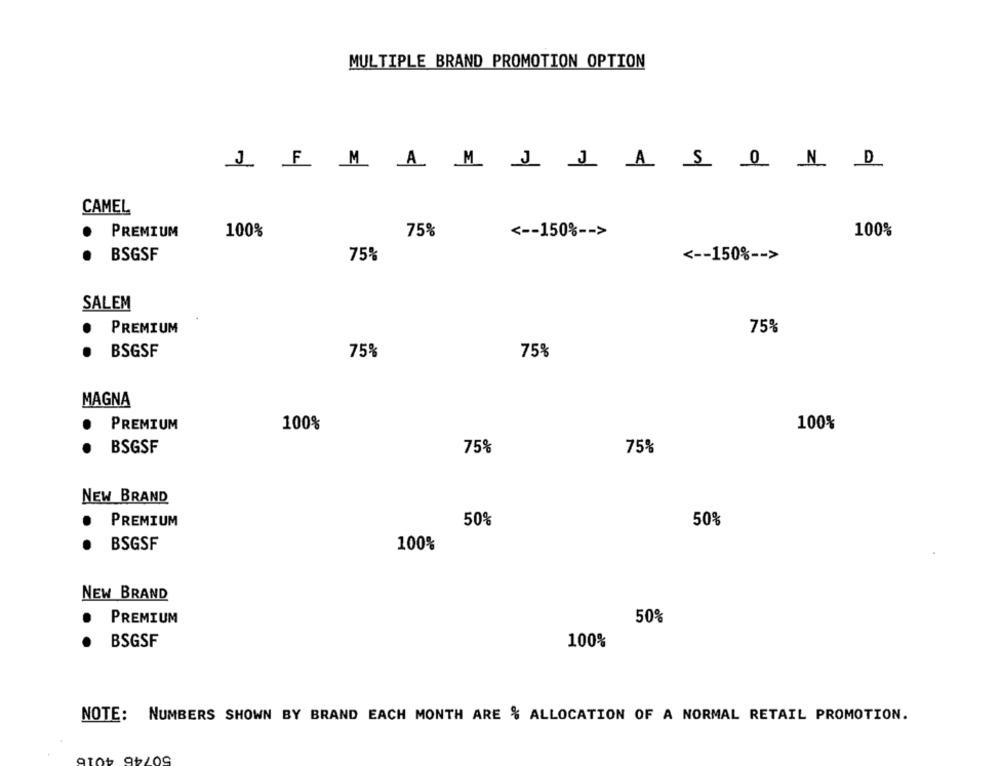
MULTIPLE BRAND PROMOTION OPTION
JE M A M J JAS
0
N D
CAMEL
PREMIUM
100%
75%
<-- 150% -- >
100%
.
BSGSF
75%
<-- 150% -- >
SALEM
PREMIUM
75%
.
BSGSF
75%
75%
MAGNA
.
PREMIUM
100%
100%
BSGSF
75%
75%
NEW BRAND
· PREMIUM
50%
50%
BSGSF
100%
NEW BRAND
PREMIUM
50%
BSGSF
100%
NOTE: NUMBERS SHOWN BY BRAND EACH MONTH ARE % ALLOCATION OF A NORMAL RETAIL PROMOTION.